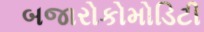
બજારોકોમોડિટી